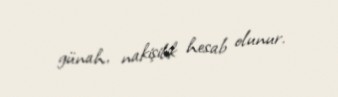
günah, nakişilik hesab olunur.